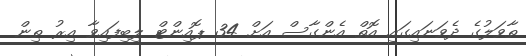
ތާވަލުގެ ދެވަނައިގައި އޮތް އެންގާސް އަށް 34 ޕޮއިންޓް ލިބިފައިވާ އިރު ތިން